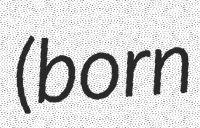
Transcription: (born